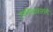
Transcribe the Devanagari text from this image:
उपनिषद्‌कारांनी